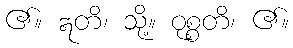
၏။ ဣတိ၊ သို့။ ဝုစ္စတိ၊ ၏။